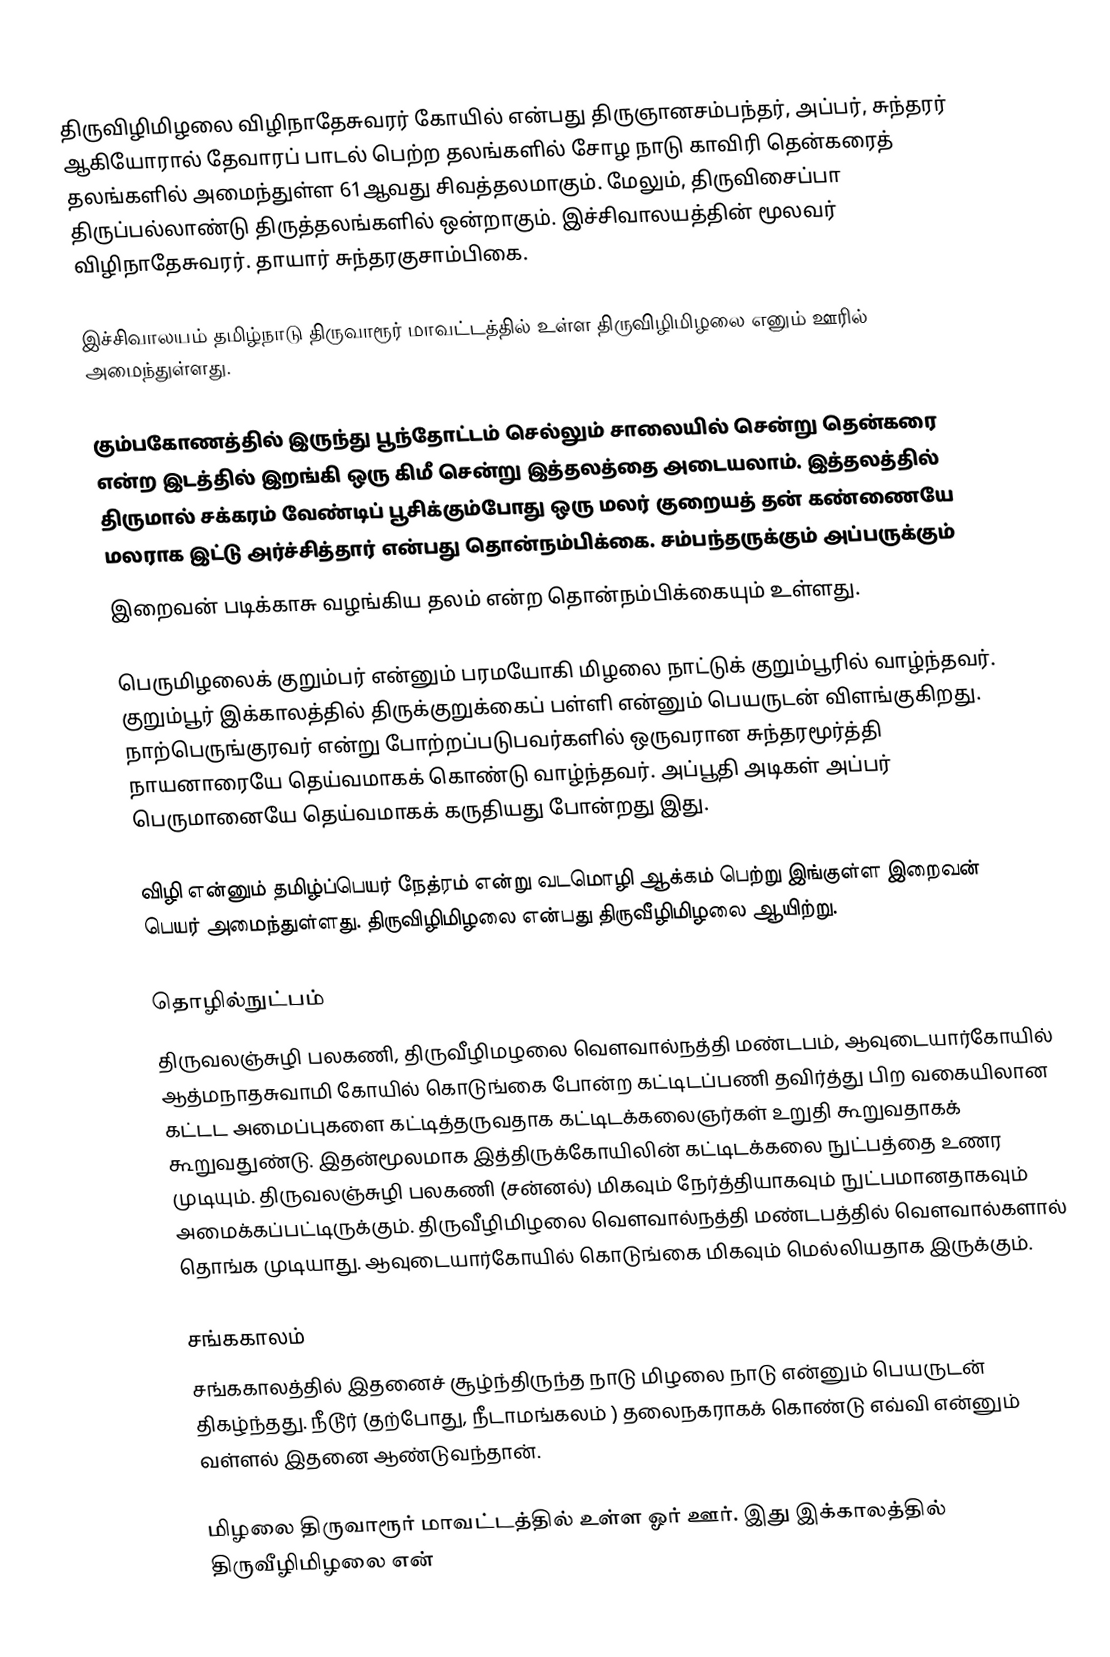
திருவிழிமிழலை விழிநாதேசுவரர் கோயில் என்பது திருஞானசம்பந்தர், அப்பர், சுந்தரர் ஆகியோரால் தேவாரப் பாடல் பெற்ற தலங்களில் சோழ நாடு காவிரி தென்கரைத் தலங்களில்  அமைந்துள்ள 61ஆவது சிவத்தலமாகும். மேலும், திருவிசைப்பா திருப்பல்லாண்டு திருத்தலங்களில் ஒன்றாகும்.  இச்சிவாலயத்தின் மூலவர் விழிநாதேசுவரர். தாயார் சுந்தரகுசாம்பிகை.

இச்சிவாலயம் தமிழ்நாடு திருவாரூர் மாவட்டத்தில் உள்ள திருவிழிமிழலை எனும் ஊரில் அமைந்துள்ளது.

கும்பகோணத்தில் இருந்து பூந்தோட்டம் செல்லும் சாலையில் சென்று தென்கரை என்ற இடத்தில் இறங்கி ஒரு கிமீ சென்று இத்தலத்தை அடையலாம். இத்தலத்தில் திருமால் சக்கரம் வேண்டிப் பூசிக்கும்போது ஒரு மலர் குறையத் தன் கண்ணையே மலராக இட்டு அர்ச்சித்தார் என்பது தொன்நம்பிக்கை. சம்பந்தருக்கும் அப்பருக்கும்
இறைவன் படிக்காசு வழங்கிய தலம் என்ற தொன்நம்பிக்கையும் உள்ளது.

பெருமிழலைக் குறும்பர் என்னும் பரமயோகி மிழலை நாட்டுக் குறும்பூரில் வாழ்ந்தவர். குறும்பூர் இக்காலத்தில் திருக்குறுக்கைப் பள்ளி என்னும் பெயருடன் விளங்குகிறது. நாற்பெருங்குரவர் என்று போற்றப்படுபவர்களில் ஒருவரான சுந்தரமூர்த்தி நாயனாரையே தெய்வமாகக் கொண்டு வாழ்ந்தவர். அப்பூதி அடிகள் அப்பர் பெருமானையே தெய்வமாகக் கருதியது போன்றது இது.

விழி என்னும் தமிழ்ப்பெயர் நேத்ரம் என்று வடமொழி ஆக்கம் பெற்று இங்குள்ள இறைவன் பெயர் அமைந்துள்ளது. திருவிழிமிழலை என்பது திருவீழிமிழலை ஆயிற்று.

தொழில்நுட்பம்
திருவலஞ்சுழி பலகணி, திருவீழிமழலை வௌவால்நத்தி மண்டபம், ஆவுடையார்கோயில் ஆத்மநாதசுவாமி கோயில் கொடுங்கை போன்ற கட்டிடப்பணி தவிர்த்து பிற வகையிலான கட்டட அமைப்புகளை கட்டித்தருவதாக கட்டிடக்கலைஞர்கள் உறுதி கூறுவதாகக் கூறுவதுண்டு. இதன்மூலமாக இத்திருக்கோயிலின் கட்டிடக்கலை நுட்பத்தை உணர முடியும். திருவலஞ்சுழி பலகணி (சன்னல்) மிகவும் நேர்த்தியாகவும் நுட்பமானதாகவும் அமைக்கப்பட்டிருக்கும். திருவீழிமிழலை வௌவால்நத்தி மண்டபத்தில் வௌவால்களால் தொங்க முடியாது. ஆவுடையார்கோயில் கொடுங்கை மிகவும் மெல்லியதாக இருக்கும்.

சங்ககாலம்
சங்ககாலத்தில் இதனைச் சூழ்ந்திருந்த நாடு மிழலை நாடு என்னும் பெயருடன் திகழ்ந்தது. நீடூர் (தற்போது, நீடாமங்கலம் ) தலைநகராகக் கொண்டு எவ்வி என்னும் வள்ளல் இதனை ஆண்டுவந்தான்.

மிழலை திருவாரூர் மாவட்டத்தில் உள்ள ஓர் ஊர். இது இக்காலத்தில் திருவீழிமிழலை என்